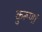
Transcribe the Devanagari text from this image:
कुरूणां